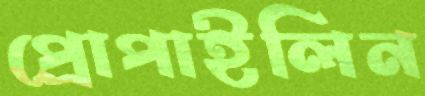
প্রোপাইলিন